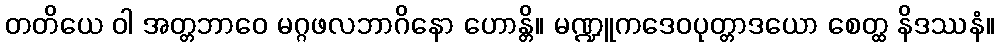
တတိယေ ဝါ အတ္တဘာဝေ မဂ္ဂဖလဘာဂိနော ဟောန္တိ။ မဏ္ဍူကဒေဝပုတ္တာဒယော စေတ္ထ နိဒဿနံ။